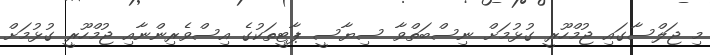
މި ޖަލްސާގައި ޖުމްހޫރީ ގުޅުމަށް ނިސްބަތްވާ ސިޔާސީ ޕާޓީތަކުގެ އިސްވެރިންނާއި ޖުމްހޫރީ ގުޅުމަށް